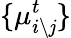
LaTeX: \{ \mu_{i\backslash\mathit{j}}^{t}\}